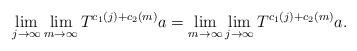
\begin{align*}\lim_{j\to\infty}\lim_{m\to\infty}T^{c_1(j)+c_2(m)}a=\lim_{m\to\infty}\lim_{j\to\infty}T^{c_1(j)+c_2(m)}a.\end{align*}